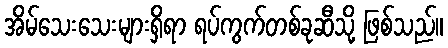
အိမ်သေးသေးများရှိရာ ရပ်ကွက်တစ်ခုဆီသို့ ဖြစ်သည်။